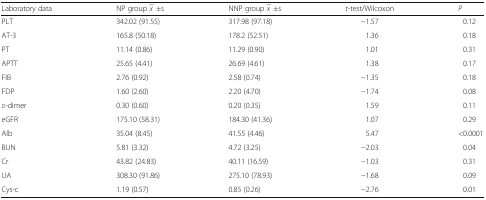
<table><thead><tr><td><b>Laboratory data</b></td><td><b>NP group <i>x</i> − ±s</b></td><td><b>NNP group <i>x</i> − ±s</b></td><td><b><i>t</i>-test/Wilcoxon</b></td><td><b><i>P</i></b></td></tr></thead><tbody><tr><td>PLT</td><td>342.02 (91.55)</td><td>317.98 (97.18)</td><td>−1.57</td><td>0.12</td></tr><tr><td>AT-3</td><td>165.8 (50.18)</td><td>178.2 (52.51)</td><td>1.36</td><td>0.18</td></tr><tr><td>PT</td><td>11.14 (0.86)</td><td>11.29 (0.90)</td><td>1.01</td><td>0.31</td></tr><tr><td>APTT</td><td>25.65 (4.41)</td><td>26.69 (4.61)</td><td>1.38</td><td>0.17</td></tr><tr><td>FIB</td><td>2.76 (0.92)</td><td>2.58 (0.74)</td><td>−1.35</td><td>0.18</td></tr><tr><td>FDP</td><td>1.60 (2.60)</td><td>2.20 (4.70)</td><td>−1.74</td><td>0.08</td></tr><tr><td>d-dimer</td><td>0.30 (0.60)</td><td>0.20 (0.35)</td><td>1.59</td><td>0.11</td></tr><tr><td>eGFR</td><td>175.10 (58.31)</td><td>184.30 (41.36)</td><td>1.07</td><td>0.29</td></tr><tr><td>Alb</td><td>35.04 (8.45)</td><td>41.55 (4.46)</td><td>5.47</td><td>&lt;0.0001</td></tr><tr><td>BUN</td><td>5.81 (3.32)</td><td>4.72 (3.25)</td><td>−2.03</td><td>0.04</td></tr><tr><td>Cr</td><td>43.82 (24.83)</td><td>40.11 (16.59)</td><td>−1.03</td><td>0.31</td></tr><tr><td>UA</td><td>308.30 (91.86)</td><td>275.10 (78.93)</td><td>−1.68</td><td>0.09</td></tr><tr><td>Cys-c</td><td>1.19 (0.57)</td><td>0.85 (0.26)</td><td>−2.76</td><td>0.01</td></tr></tbody></table>